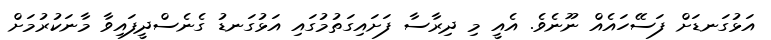
އަޅުގަނޑަށް ފަސޭހައެއް ނޫނެވެ. އެއީ މި ދިރާސާ ފަށައިގަތުމުގައި އަޅުގަނޑު ގެނެސްދީފައިވާ މާނަކުރުމަށް